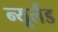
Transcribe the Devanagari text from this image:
न्‍यूलैंड